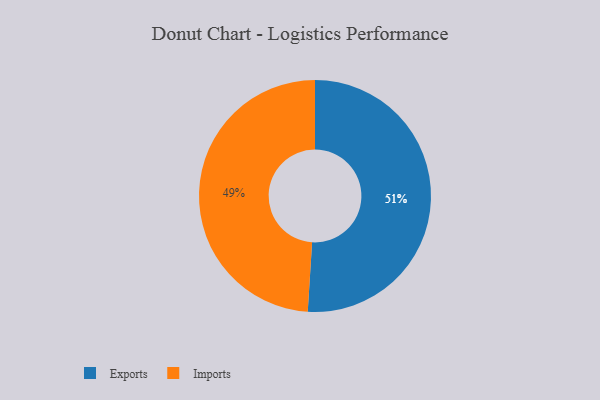
{"axis": {"x": "Category", "y": "Percentage"}, "legend": ["Exports", "Imports"], "data": [{"x": "Exports", "y": 51, "type": "Exports"}, {"x": "Imports", "y": 49, "type": "Imports"}]}